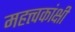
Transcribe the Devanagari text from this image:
महत्त्वकांक्षी